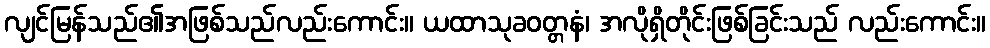
လျင်မြန်သည်၏အဖြစ်သည်လည်းကောင်း။ ယထာသုခဝတ္တနံ၊ အလိုရှိတိုင်းဖြစ်ခြင်းသည် လည်းကောင်း။